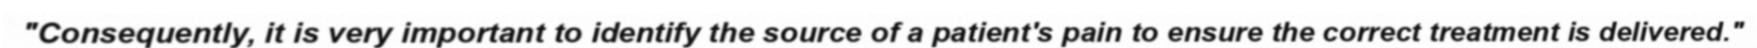
"Consequently, it is very important to identify the source of a patient's pain to ensure the correct treatment is delivered."